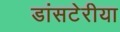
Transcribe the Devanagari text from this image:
डांसटेरीया